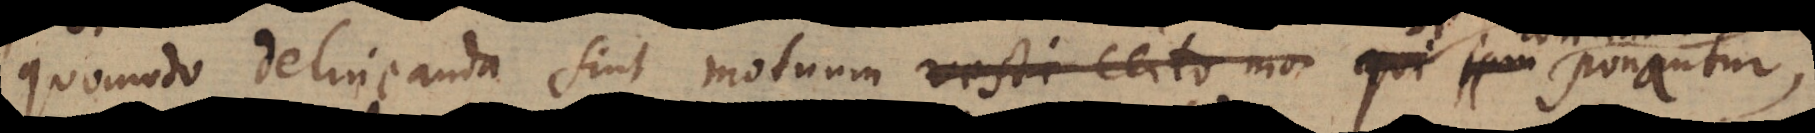
quomodo delineanda sint motuum resti certo qui jam ponantur,